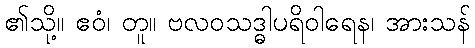
၏သို့။ ဧဝံ၊ တူ။ ဗလဝသဒ္ဓါပရိဝါရေန၊ အားသန်